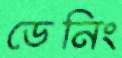
ডেনিং